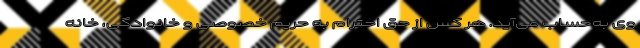
وی به‌حساب می‌آید. هر کس از حق احترام به حریم خصوصی و خانوادگی، خانه